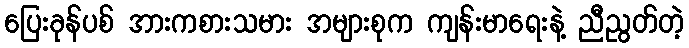
ပြေးခုန်ပစ် အားကစားသမား အများစုက ကျန်းမာရေးနဲ့ ညီညွတ်တဲ့